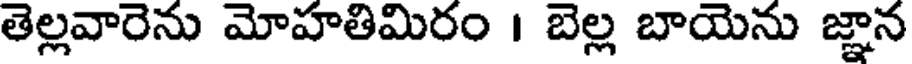
తెల్లవారెను మోహతిమిరం । బెల్ల బాయెను జ్ఞాన